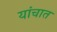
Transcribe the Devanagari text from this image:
यांचात